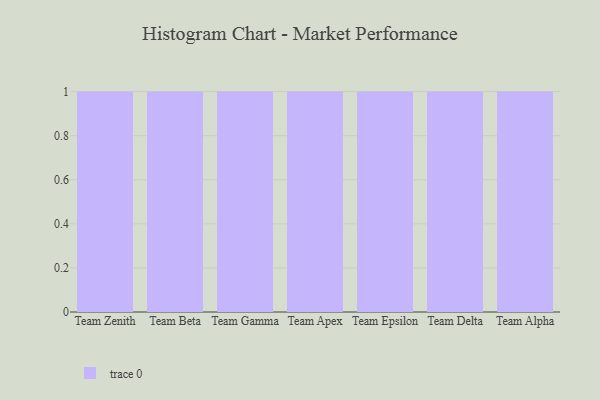
{"axis": {"x": "Team", "y": "Churn Rate (%)"}, "legend": [""], "data": [{"x": "Team Zenith", "y": 58, "type": ""}, {"x": "Team Beta", "y": 3, "type": ""}, {"x": "Team Gamma", "y": 83, "type": ""}, {"x": "Team Apex", "y": 79, "type": ""}, {"x": "Team Epsilon", "y": 17, "type": ""}, {"x": "Team Delta", "y": 30, "type": ""}, {"x": "Team Alpha", "y": 20, "type": ""}]}